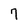
Character: 7